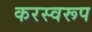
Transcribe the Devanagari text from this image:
करस्वरूप